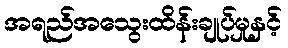
အရည်အသွေးထိန်းချုပ်မှုနှင့်